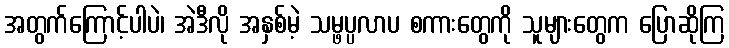
အတွက်ကြောင့်ပါပဲ၊ အဲဒီလို အနှစ်မဲ့ သမ္ဖပ္ပလာပ စကားတွေကို သူများတွေက ပြောဆိုကြ